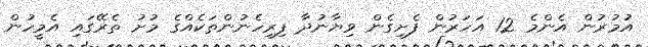
އުމުރުން އެންމެ 12 އަހަރުން ފެށިގެން ވިޔާނުދާ ފިރިހެނުންތަކެއްގެ މުށު ތެރޭގައި އެމީހުން